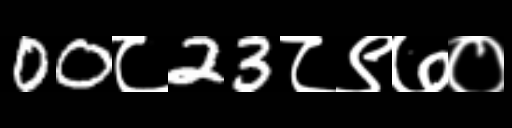
Text: 00८23८९७०